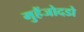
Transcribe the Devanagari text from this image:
मुहैंजोदडो